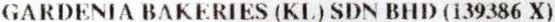
GARDENIA BAKERIES (KL) SDN BHD (139386 X)